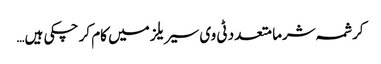
کرشمہ شرما متعدد ٹی وی سیریلز میں کام کر چکی ہیں…